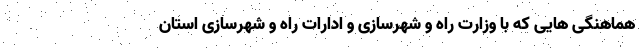
هماهنگی هایی که با وزارت راه و شهرسازی و ادارات راه و شهرسازی استان